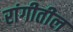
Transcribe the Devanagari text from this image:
रांगीतील